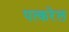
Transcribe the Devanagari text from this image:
पत्करेल